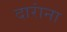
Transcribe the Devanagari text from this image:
दारांना